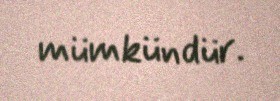
mümkündür.